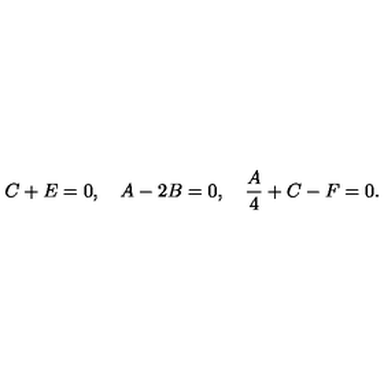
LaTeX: C + E = 0 , \quad A - 2 B = 0 , \quad \frac { A } { 4 } + C - F = 0 .